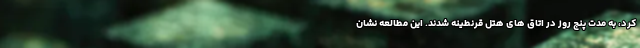
کرد، به مدت پنج روز در اتاق های هتل قرنطینه شدند. این مطالعه نشان